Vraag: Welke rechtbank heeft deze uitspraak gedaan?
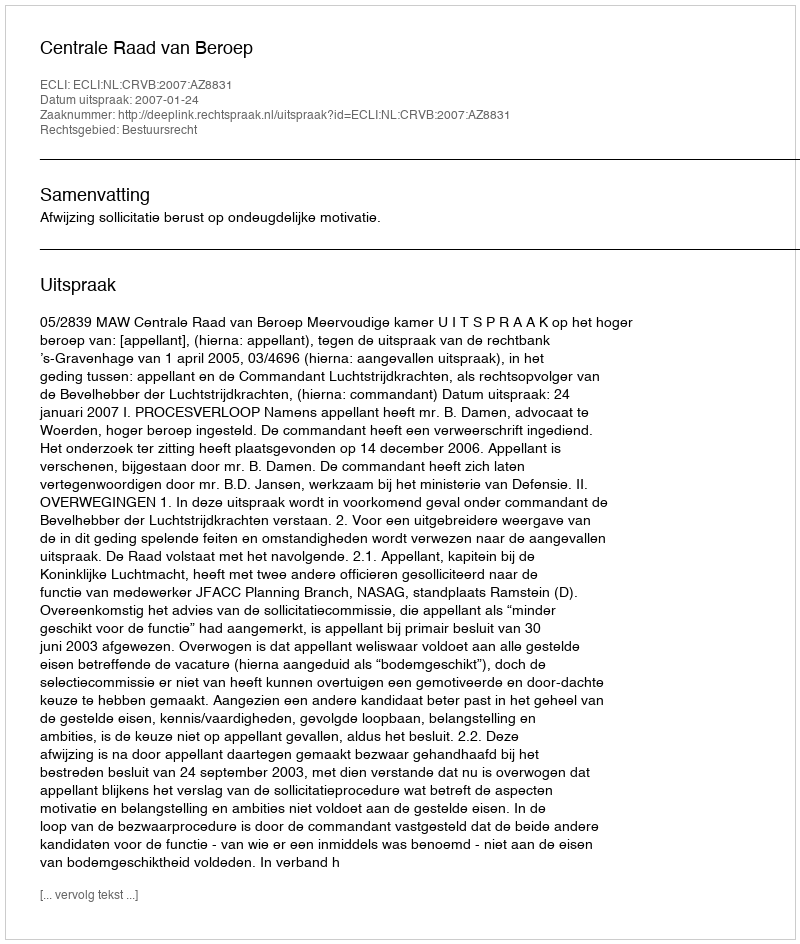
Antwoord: Centrale Raad van Beroep